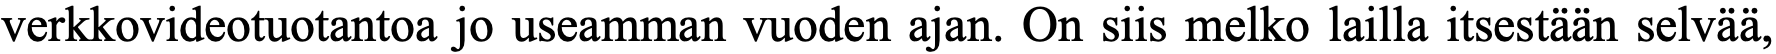
verkkovideotuotantoa jo useamman vuoden ajan. On siis melko lailla itsestään selvää,